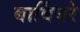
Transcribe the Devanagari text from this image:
बार्बियरे